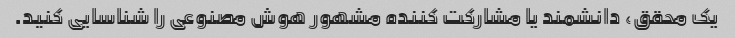
یک محقق، دانشمند یا مشارکت کننده مشهور هوش مصنوعی را شناسایی کنید.